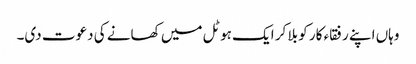
وہاں اپنے رفقاء کار کو بلا کر ایک ہوٹل میں کھانے کی دعوت دی۔